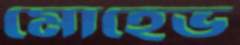
মোহেভ